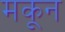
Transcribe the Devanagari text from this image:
मकून